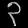
Digit: ၃